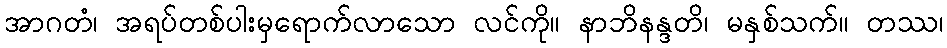
အာဂတံ၊ အရပ်တစ်ပါးမှရောက်လာသော လင်ကို။ နာဘိနန္ဒတိ၊ မနှစ်သက်။ တဿ၊